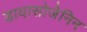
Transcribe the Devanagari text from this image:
डायासोजेनिन